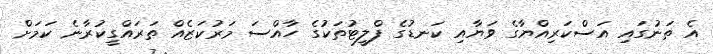
އެ ތަނުގައި އަސްކަރިއްޔާގެ ވަޔާއި ކަނޑުގެ ފްލީޓުތަކުގެ ހާއްސަ މަރުކަޒެއް ތަރައްގީކުރާނެ ކަމަށް